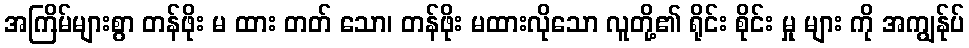
အကြိမ်များစွာ တန်ဖိုး မ ထား တတ် သော၊ တန်ဖိုး မထားလိုသော လူတို့၏ ရိုင်း စိုင်း မှု များ ကို အကျွန်ုပ်